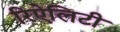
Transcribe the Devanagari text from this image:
रिऐलिटी